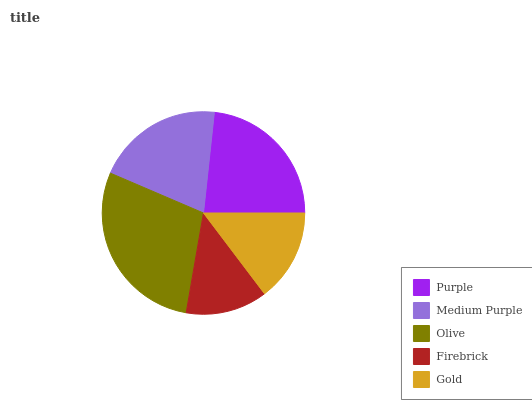
| Purple | Medium Purple | Olive | Firebrick | Gold |
 | --- | --- | --- | --- | --- |
 | 23.3% | 20.2% | 28.7% | 13.1% | 14.7% |